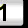
Digit: 1